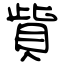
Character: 貲